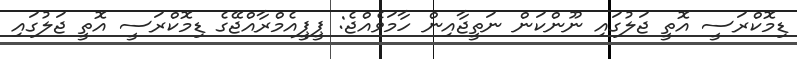
ޑިމޮކްރަސީ އޮތީ ޖަލުގައި ނޫންކަން ނަތީޖާއިން ހާމަވެއްޖެ: ޕީޕީއެމްރާއްޖޭގެ ޑިމޮކްރަސީ އޮތީ ޖަލުގައި